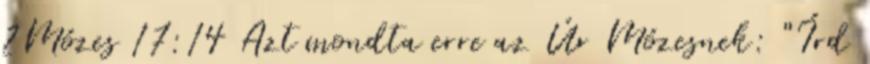
2Mózes 17:14 Azt mondta erre az Úr Mózesnek: "Írd